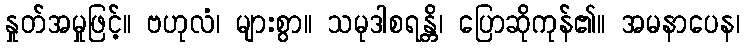
နှုတ်အမှုဖြင့်။ ဗဟုလံ၊ များစွာ။ သမုဒါစရန္တိ၊ ပြောဆိုကုန်၏။ အမနာပေန၊